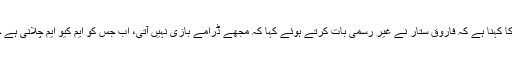
ذرائع کا کہنا ہے کہ فاروق ستار نے غیر رسمی بات کرتے ہوئے کہا کہ مجھے ڈرامے بازی نہیں آتی، اب جس کو ایم کیو ایم چلانی ہے چلالے۔